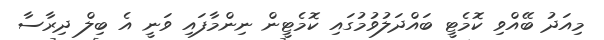
މިއަދު ބޭއްވި ކޮމެޓީ ބައްދަލުވުމުގައި ކޮމެޓީން ނިންމާފައި ވަނީ އެ ބިލް ދިރާސާ